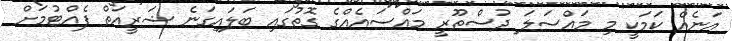
އަނެއް ކަމަކީ މި މައްސަލަ ދުސްތޫރީ މައްސައެއްގެ ގޮތުގައި ބަލައިގަނެ ޝަރީއަތް ފެއްޓުމަށް